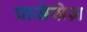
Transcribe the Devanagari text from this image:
प्रासेसेज़